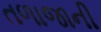
તળાજાની